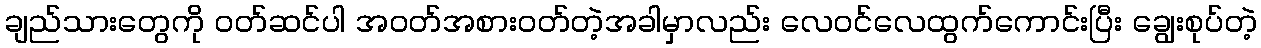
ချည်သားတွေကို ဝတ်ဆင်ပါ အဝတ်အစားဝတ်တဲ့အခါမှာလည်း လေဝင်လေထွက်ကောင်းပြီး ချွေးစုပ်တဲ့